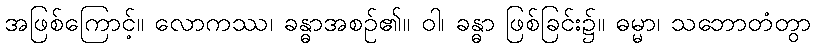
အဖြစ်ကြောင့်။ လောကဿ၊ ခန္ဓာအစဉ်၏။ ဝါ၊ ခန္ဓာ ဖြစ်ခြင်း၌။ ဓမ္မာ၊ သဘောတံတွာ